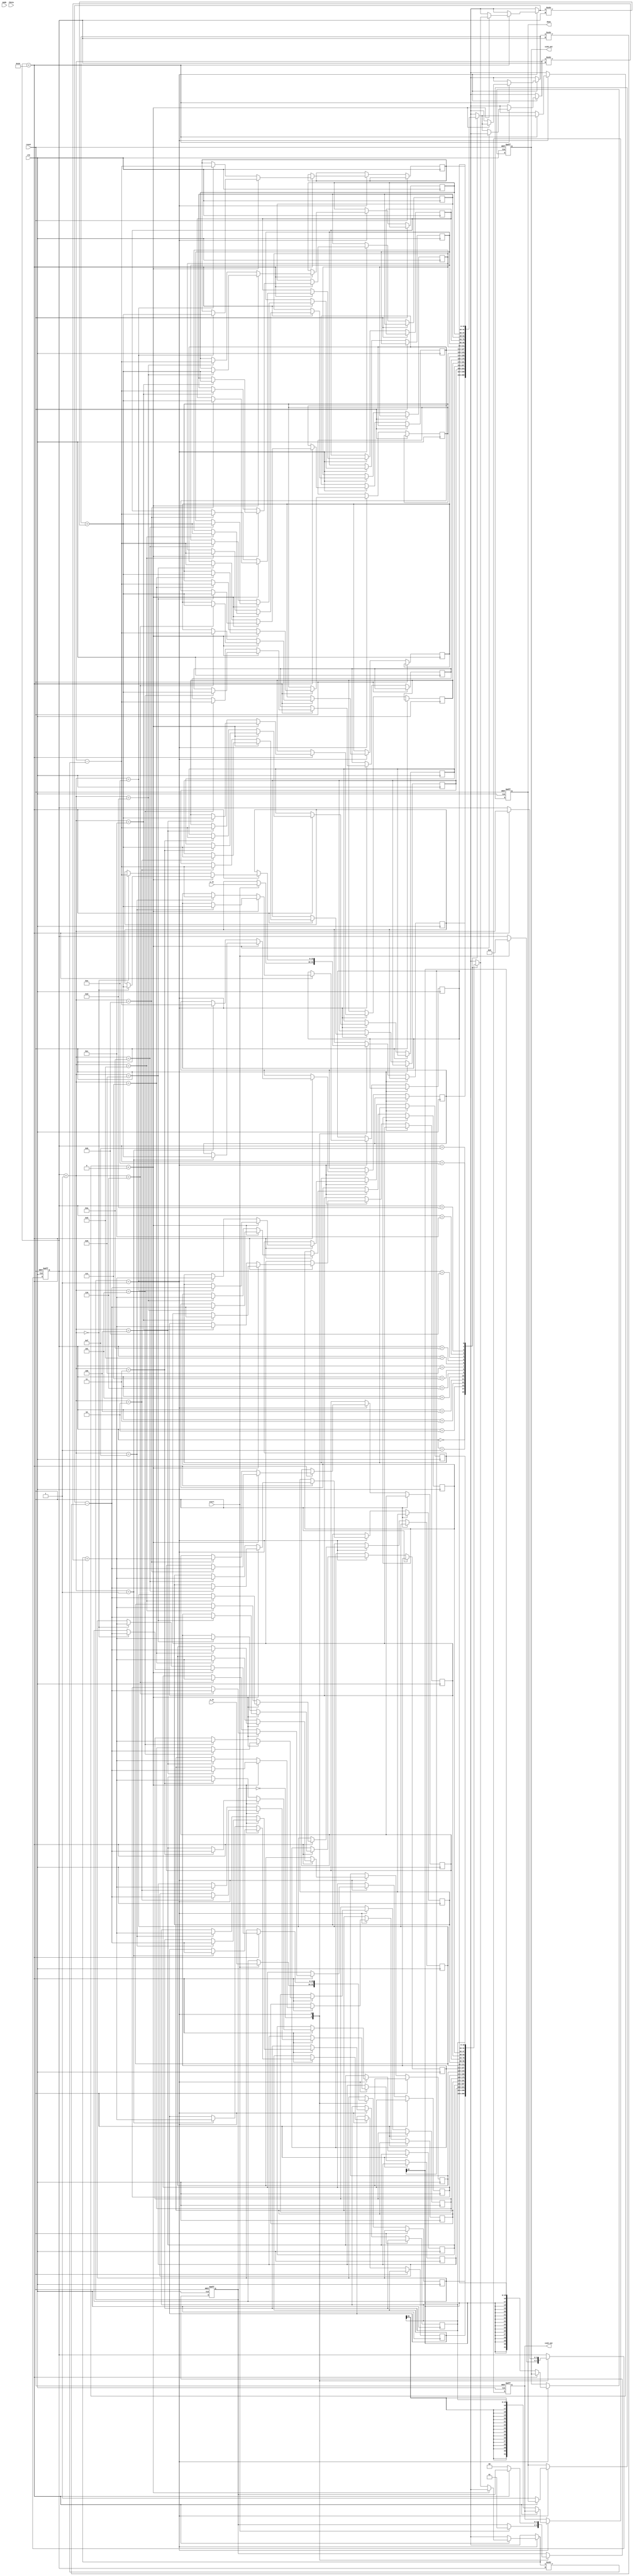
module hyperbolic_cordic (
    input wire clk,
    input wire reset,
    input wire start,
    input wire mode, // 0 for hyperbolic, 1 for circular
    input wire signed [15:0] theta, // Hyperbolic angle (fixed-point)
    input wire signed [15:0] x_in,   // Initial x vector
    input wire signed [15:0] y_in,   // Initial y vector
    output reg signed [31:0] sinh_out, // Output for sinh
    output reg signed [31:0] cosh_out, // Output for cosh
    output reg done // Signal to indicate completion
);
    parameter N = 16; // Number of iterations
    reg signed [15:0] x [0:N-1]; // X register array
    reg signed [15:0] y [0:N-1]; // Y register array
    reg signed [15:0] angle_table [0:N-1]; // Angle table for arctanh
    reg [3:0] iteration; // Iteration counter
    reg [1:0] state; // State variable for FSM

    // Initialize angle table (arctanh values)
    initial begin
        angle_table[0] = 16'h0000; // 0
        angle_table[1] = 16'h0001; // 1
        angle_table[2] = 16'h0002; // 2
        angle_table[3] = 16'h0004; // 4
        // Fill in the rest of the values...
    end

    // State machine for control
    always @(posedge clk or posedge reset) begin
        if (reset) begin
            state <= 0;
            iteration <= 0;
            done <= 0;
            sinh_out <= 0;
            cosh_out <= 0;
        end else begin
            case (state)
                0: begin // Idle state
                    if (start) begin
                        x[0] <= x_in;
                        y[0] <= y_in;
                        iteration <= 0;
                        state <= 1; // Move to iteration state
                    end
                end
                1: begin // Iteration state
                    if (iteration < N) begin
                        // CORDIC iteration logic
                        if (y[iteration] < 0) begin
                            x[iteration + 1] <= x[iteration] - (y[iteration] >>> iteration);
                            y[iteration + 1] <= y[iteration] + (x[iteration] >>> iteration);
                        end else begin
                            x[iteration + 1] <= x[iteration] + (y[iteration] >>> iteration);
                            y[iteration + 1] <= y[iteration] - (x[iteration] >>> iteration);
                        end
                        iteration <= iteration + 1;
                    end else begin
                        // Store final results
                        sinh_out <= y[N-1]; // Final y value is sinh
                        cosh_out <= x[N-1]; // Final x value is cosh
                        done <= 1; // Signal completion
                        state <= 0; // Go back to idle
                    end
                end
            endcase
        end
    end
endmodule